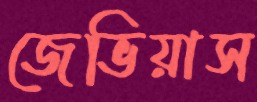
জেভিয়াস